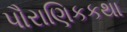
પૌરાણિકકથા